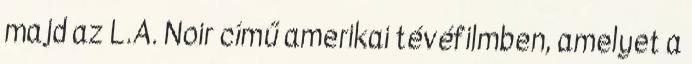
majd az L.A. Noir című amerikai tévéfilmben, amelyet a